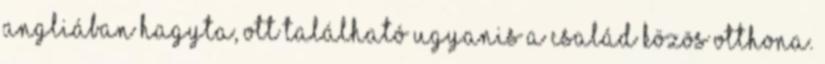
Angliában hagyta, ott található ugyanis a család közös otthona.